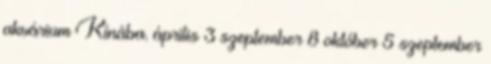
akvárium Kínába. április 3 szeptember 8 október 5 szeptember